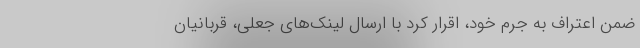
ضمن اعتراف به جرم خود، اقرار کرد با ارسال لینک‌های جعلی، قربانیان